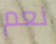
نعم